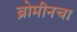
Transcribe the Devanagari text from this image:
ब्रोमीनचा